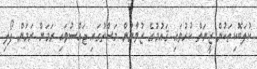
ކުލަބޮކިތަކުން ޒީނަތް ކުރުވައި ޤައުމުގެ ޒުވާނުން މަސްތުގައި ޖައްސުވައި ރަމަން ރަމަން ފޯލި